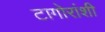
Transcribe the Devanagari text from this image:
टागोरांशी